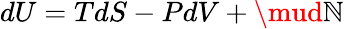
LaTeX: dU=TdS-PdV+\mud\mathbb{N}